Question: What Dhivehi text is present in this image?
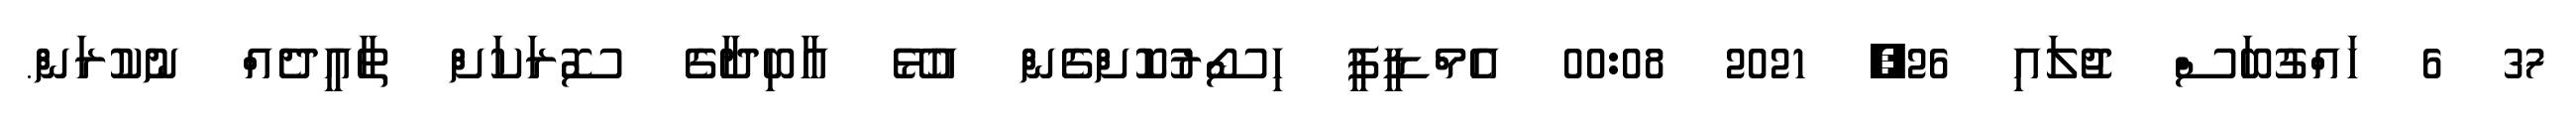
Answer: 37 6 ހައްގުބަސް ޖުލައި 26, 2021 00:08 އެމްޑީޕީ ހިސޯރުކޮށްގެން އުޅޭ އާބިދާގެ ސޮރަކަށް ތާއީދެއް ނުކުރަން.